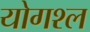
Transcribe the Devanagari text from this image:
योगश्ल